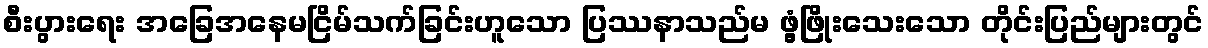
စီးပွားရေး အခြေအနေမငြိမ်သက်ခြင်းဟူသော ပြဿနာသည်မ ဖွံ့ဖြိုးသေးသော တိုင်းပြည်များတွင်